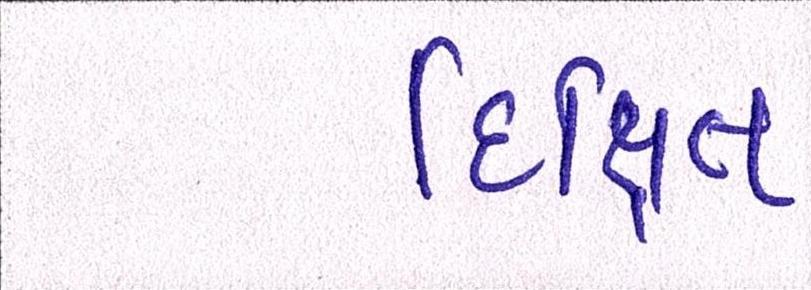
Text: દિક્ષિત